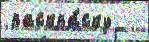
раскра́ску